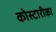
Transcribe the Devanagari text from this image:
कोस्टारीका